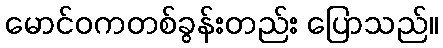
မောင်ဝကတစ်ခွန်းတည်း ပြောသည်။